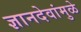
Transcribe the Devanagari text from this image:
ज्ञानदेवांमुळे